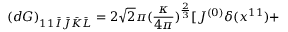
( d G ) _ { 1 1 \bar { I } \bar { J } \bar { K } \bar { L } } = 2 \sqrt { 2 } \pi ( \frac { \kappa } { 4 \pi } ) ^ { \frac { 2 } { 3 } } [ J ^ { ( 0 ) } \delta ( x ^ { 1 1 } ) +